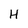
Character: H